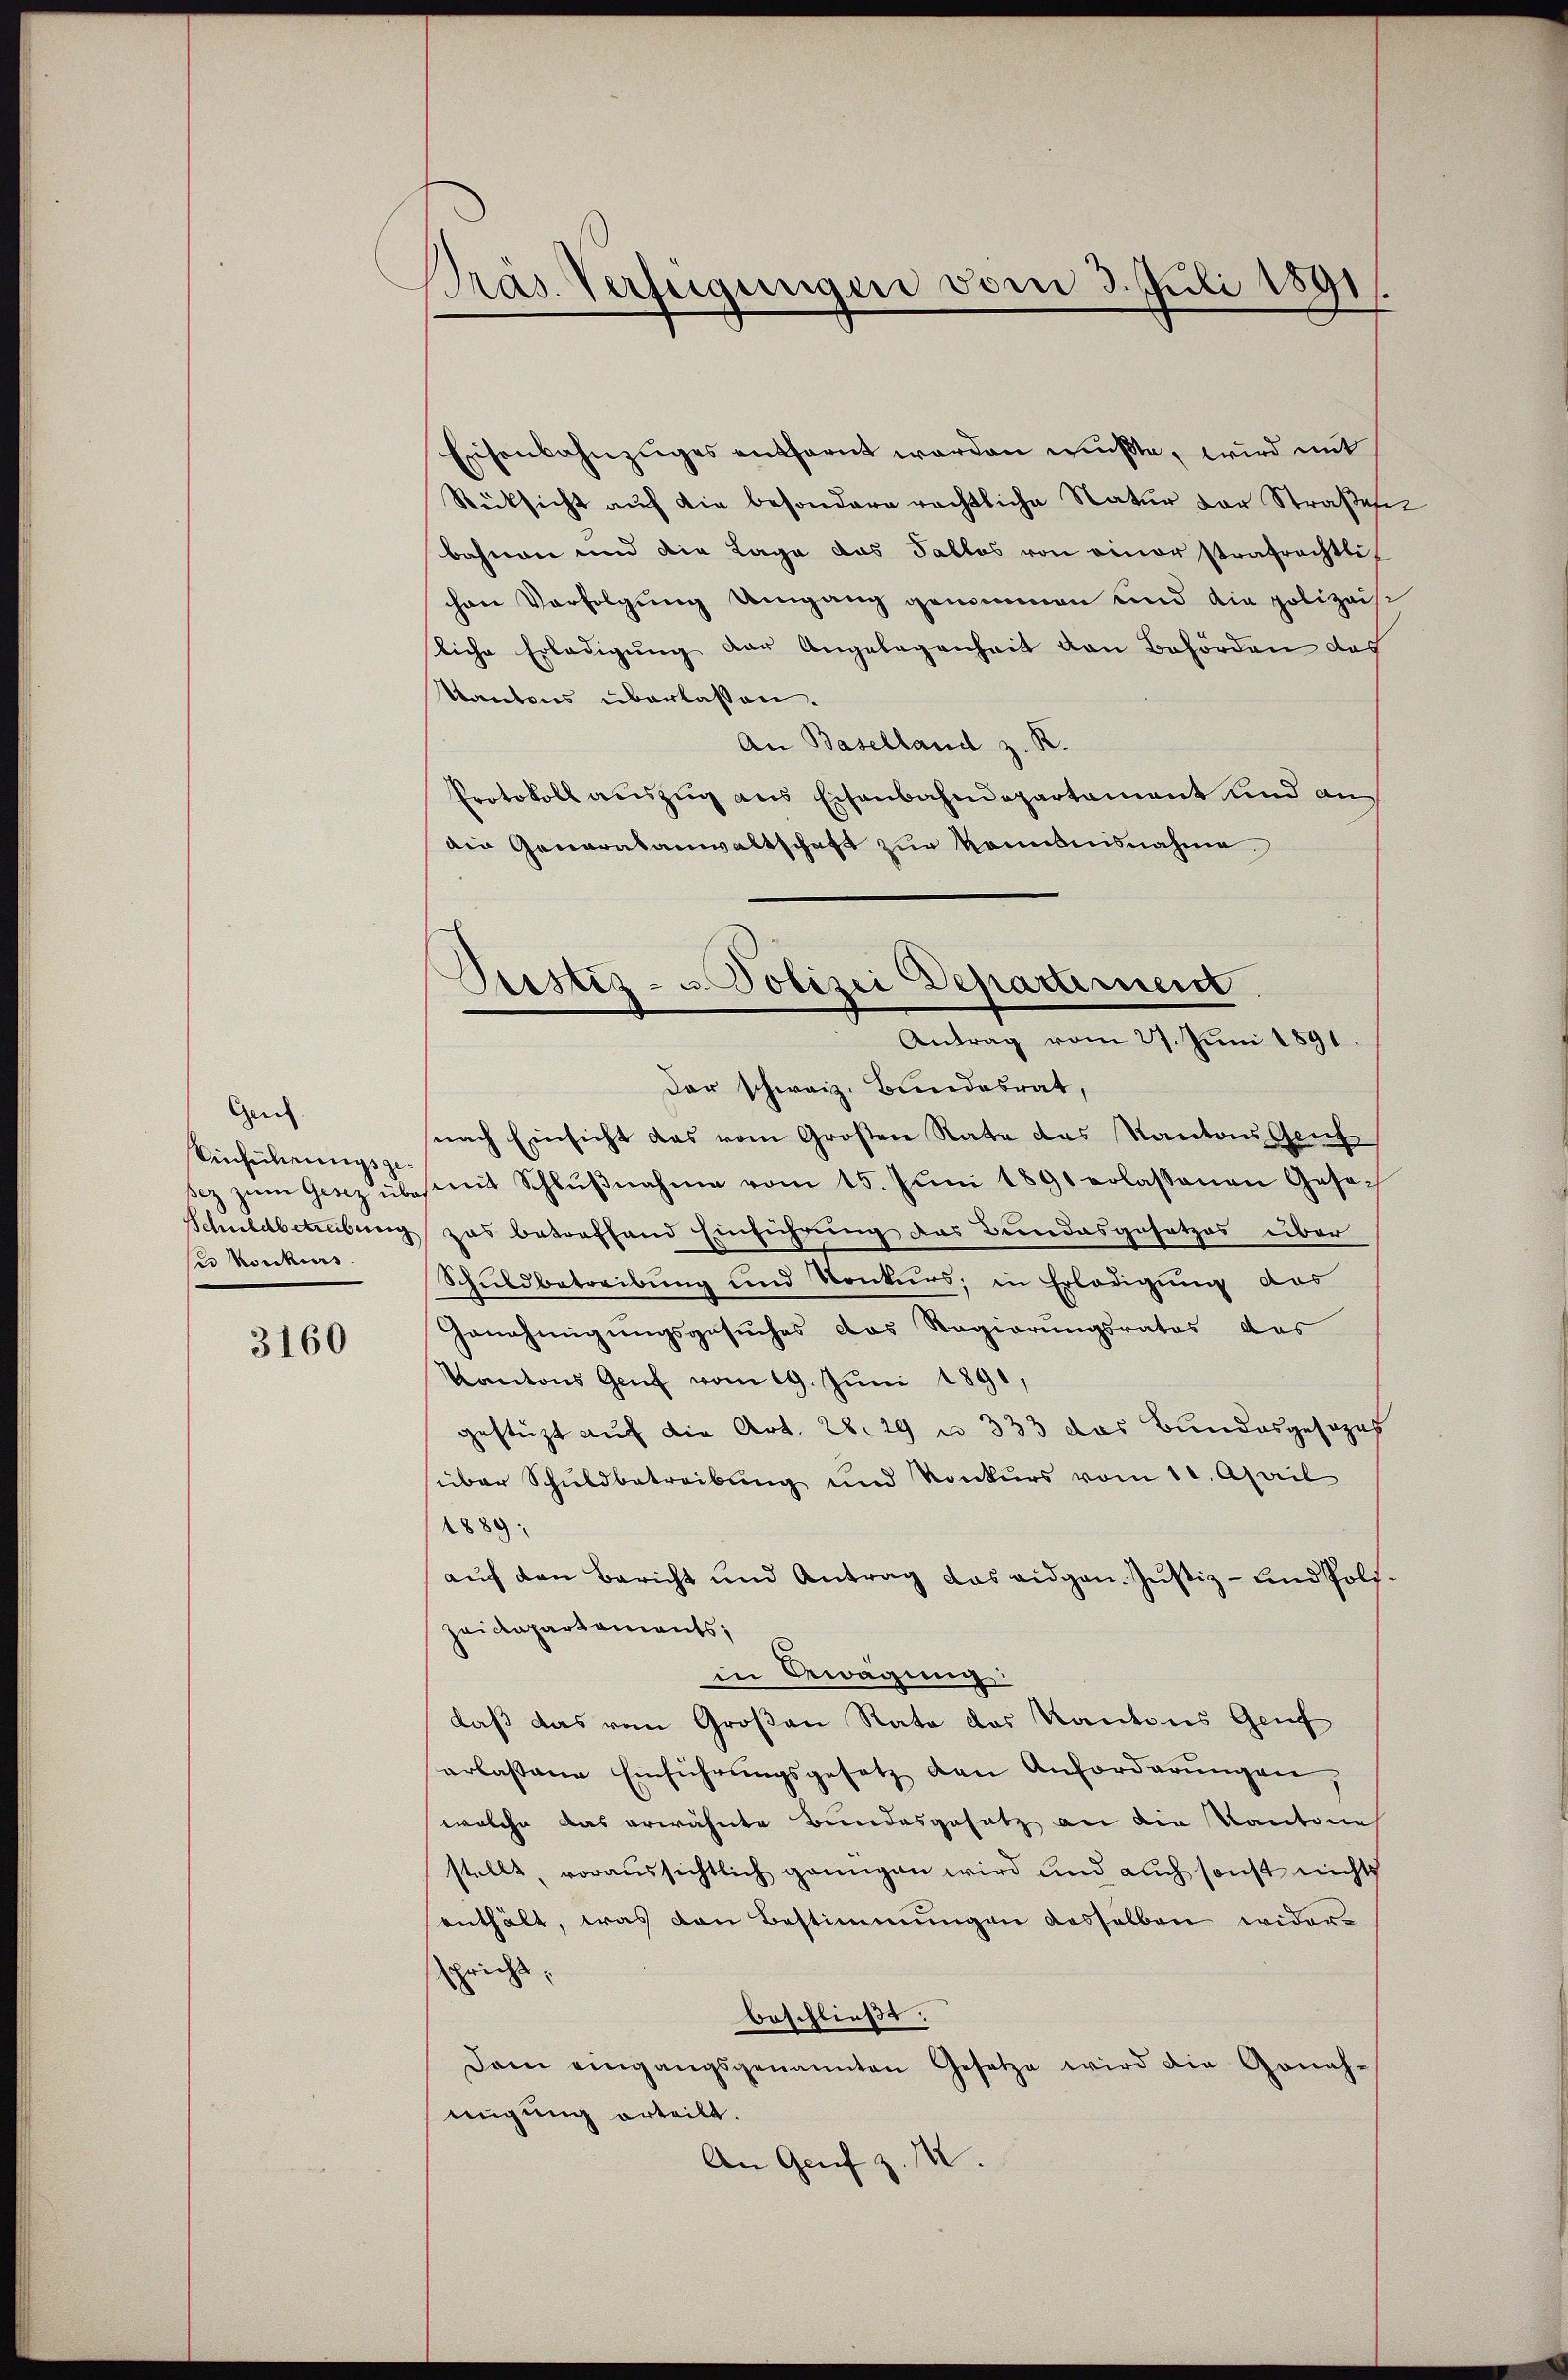
Geich.
Einführungsgeses Konkurs

3160

Präs. Verfügungen vom 3. Juli 1891/

Eisenbahnzuges entfernt werden mußte, wird mit
Rücksicht aŭf die besondere rechtliche Natŭr der Straβen
bahnen und die Lage das Falles von einer strafrechtlich
chen Verfolgung Umgang genommen und die polizeis
liche Erledigung der Angelegenheit den Behörden das
Kantons überlassen.
An Baselland z. R.
Protokoll auszug aus Eisenbahndepartament und andie Generalanwaltschaft zur Kenntnisnahme
Dar schweiz. Bundesrat,
nach Einsicht das vom Großen Rate das Kantons Genf
sez zŭm Gesez über mit Schlŭβnahme vom 15. Jŭni 1891 erlassenen Gese¬
Schuldbetreibung zas betreffend Einführung das Bundesgesetzes über
Schuldbetreibung und Konkurs, in Erledigung das
Genehmigungsgesuches das Regierungsrates das
Kantons Genf vom 19. Juni 1891,
gestüzt auf die Art. 28. 29 u. 333 das Bundesgesezes
über Schuldbetreibung und Konkurs vom 11. April
1889;
aŭf den Bericht und Antrag das eidgen. Justiz- und Poli¬
Zeidapartements;
in Bewägung:
daß das von Großen Rate des Kantons Genf
erlassene Einführŭngsgesetz den Anforderŭngen,
welche das erwähnte Bundesgesetz an die Kantone
stellt, voraussichtlich ganngen wird und auch sonst nichts
enthält, was den Bestimmungen desselben widerpricht.
beschließt:
Dann eingangsgenannten Gesetze wird die Gonah-
migung erteilt.
An Genf z. M.

Pustiz- u Polizei Departement.
Antrag vom 27. Juni 1891.

e
2